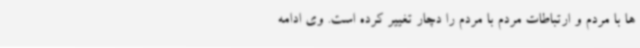
ها با مردم و ارتباطات مردم با مردم را دچار تغییر کرده است. وی ادامه